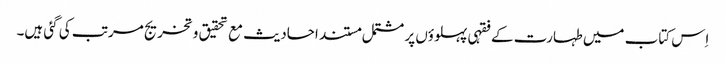
اِس کتاب میں طہارت کے فقہی پہلوؤں پر مشتمل مستند احادیث مع تحقیق و تخریج مرتب کی گئی ہیں۔